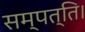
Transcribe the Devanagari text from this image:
सम्पत्ति।